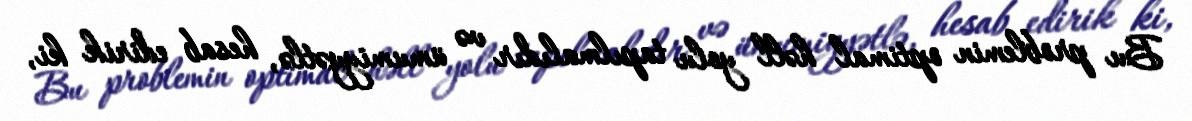
Bu problemin optimal həll yolu tapılmalıdır və ümumiyyətlə, hesab edirik ki,